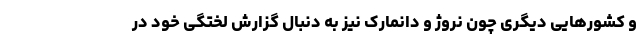
و کشورهایی دیگری چون نروژ و دانمارک نیز به دنبال گزارش لختگی خود در